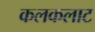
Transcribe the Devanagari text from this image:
कलकलाट